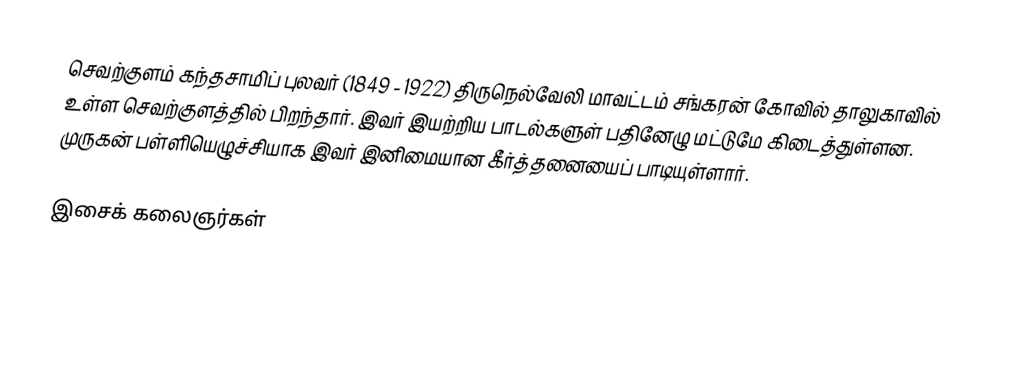
செவற்குளம் கந்தசாமிப் புலவர் (1849 - 1922) திருநெல்வேலி மாவட்டம் சங்கரன் கோவில் தாலுகாவில் உள்ள செவற்குளத்தில் பிறந்தார். இவர் இயற்றிய பாடல்களுள் பதினேழு மட்டுமே கிடைத்துள்ளன. முருகன் பள்ளியெழுச்சியாக இவர் இனிமையான கீர்த்தனையைப் பாடியுள்ளார்.

இசைக் கலைஞர்கள்